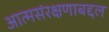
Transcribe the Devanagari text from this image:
आत्मसंरक्षणाबद्दल